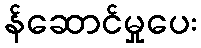
န်ဆောင်မှုပေး